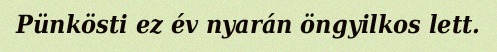
Pünkösti ez év nyarán öngyilkos lett.